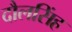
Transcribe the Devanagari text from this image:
दौलसिंह